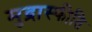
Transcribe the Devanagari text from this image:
मुद्रास्‍फीति